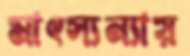
মাৎস্যন্যায়